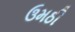
ઉમઠી